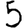
Digit: 5